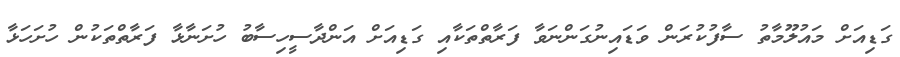
ގަޑިއަށް މައުލޫމާތު ސާފުކުރަން ވަޑައިނުގަންނަވާ ފަރާތްތަކާއި ގަޑިއަށް އަންދާސީހިސާބު ހުށަނާޅާ ފަރާތްތަކުން ހުށަހަޅާ